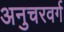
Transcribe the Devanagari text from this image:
अनुचरवर्ग